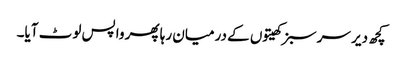
کچھ دیر سرسبز کھیتوں کے درمیان رہا پھر واپس لوٹ آیا۔